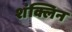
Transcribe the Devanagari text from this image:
शंक्लिन